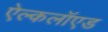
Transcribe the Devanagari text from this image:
ऐल्कलॉएड